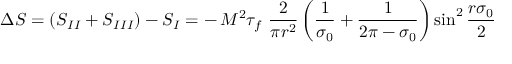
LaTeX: \Delta S = ( S _ { I I } + S _ { I I I } ) - S _ { I } = - \, M ^ { 2 } \tau _ { f } ~ \frac { 2 } { \pi r ^ { 2 } } \left( \frac { 1 } { \sigma _ { 0 } } + \frac { 1 } { 2 \pi - \sigma _ { 0 } } \right) { \sin } ^ { 2 } \, \frac { r \sigma _ { 0 } } { 2 }